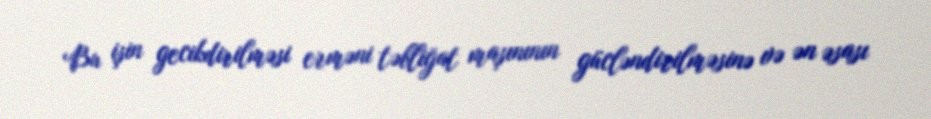
Bu işin gecikdirilməsi erməni təbliğat maşınının gücləndirilməsinə və ən əsası